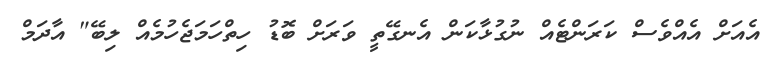
އެއަށް އެއްވެސް ކަރަންޓެއް ނުގުޅާކަން އެނގޭތީ ވަރަށް ބޮޑު ހިތްހަމަޖެހުމެއް ލިބޭ" އާދަމް